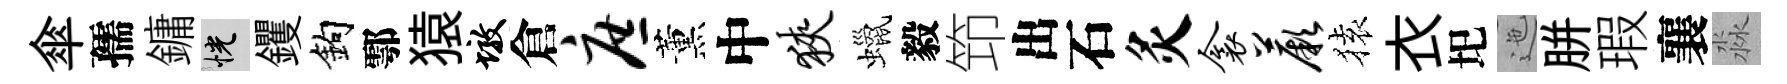
傘孺鏞恍钁鈎鄠猿墩倉庶薰中狭蠟毅笻出石灸衾蕨𫞤衣圯迤胼瑕襄淼